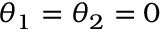
\theta _ { 1 } = \theta _ { 2 } = { 0 }